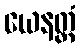
ယေနတ္ထံ